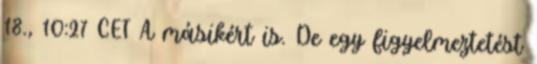
18., 10:27 CET A másikért is. De egy figyelmeztetést